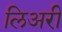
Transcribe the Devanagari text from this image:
लिअरी